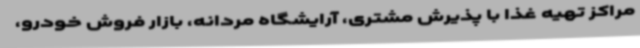
مراکز تهیه غذا با پذیرش مشتری، آرایشگاه مردانه، بازار فروش خودرو،